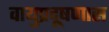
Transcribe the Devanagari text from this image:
वायुप्रदूषणास